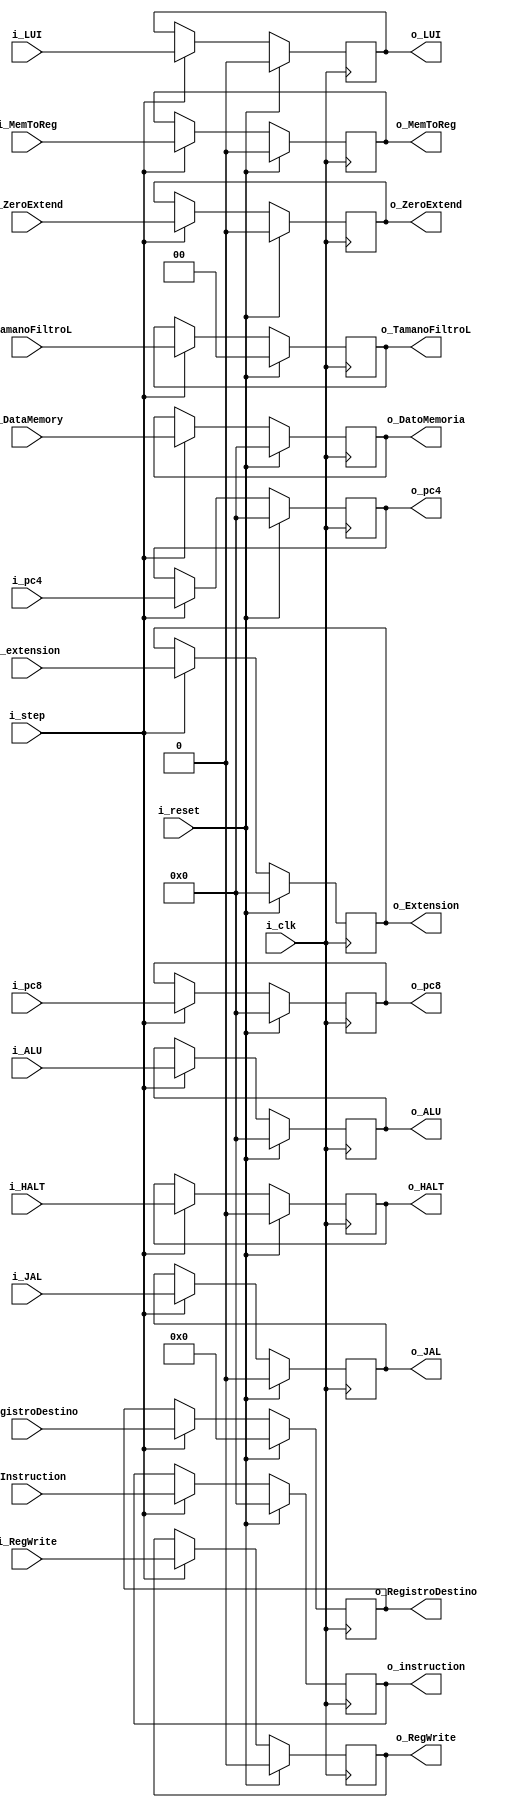
`timescale 1ns / 1ps

module MEM_WB
    #(
        parameter NBITS     =   32  ,
        parameter RNBITS    =   5   
    )
    (   
        input   wire                        i_clk,
        input   wire                        i_reset ,
        input   wire    [NBITS-1:0]         i_pc4,
        input   wire    [NBITS-1:0]         i_pc8,
        input   wire                        i_step ,
        input   wire    [NBITS-1:0]         i_Instruction  ,
        input   wire    [NBITS-1:0]         i_ALU,
        input   wire    [NBITS-1:0]         i_DataMemory,
        input   wire    [RNBITS-1:0]        i_RegistroDestino ,
        input   wire    [NBITS-1:0]         i_extension ,
        input   wire                        i_LUI  ,
        input   wire                        i_JAL ,    
        input   wire                        i_HALT ,
        input   wire                        i_MemToReg ,
        input   wire                        i_RegWrite ,
        input   wire    [1:0]               i_TamanoFiltroL ,
        input   wire                        i_ZeroExtend ,
        output  wire    [NBITS-1:0]         o_pc4  ,
        output  wire    [NBITS-1:0]         o_pc8 ,     
        output  wire    [NBITS-1:0]         o_instruction  ,
        output  wire    [NBITS-1:0]         o_ALU    ,
        output  wire    [NBITS-1:0]         o_DatoMemoria ,
        output  wire    [RNBITS-1:0]        o_RegistroDestino   ,
        output  wire    [NBITS-1:0]         o_Extension  ,
        output  wire                        o_JAL    ,
        output  wire                        o_MemToReg   ,
        output  wire                        o_RegWrite  ,
        output  wire    [1          :0]     o_TamanoFiltroL,           
        output  wire                        o_ZeroExtend,
        output  wire                        o_LUI ,
        output  wire                        o_HALT
    );
    
    reg     [NBITS-1:0]         PC4_reg  ;
    reg     [NBITS-1:0]         PC8_reg   ;
    reg     [NBITS-1:0]         Instruction_reg   ;
    reg     [NBITS-1:0]         ALU_reg     ;
    reg     [NBITS-1:0]         DatoMemoria_reg   ;
    reg     [RNBITS-1:0]        RegistroDestino_reg ;
    reg     [NBITS-1:0]         Extension_reg ;
    
    //RegWB
    reg                     JAL_reg  ;
    reg                     MemToReg_reg  ;
    reg                     RegWrite_reg     ;
    reg     [1:0]           TamanoFiltroL_reg   ;
    reg                     ZeroExtend_reg   ;
    reg                     LUI_reg     ;
    reg                     HALT_reg     ;
    
    
    always @(posedge i_clk)
        if(i_reset)
            begin
                PC4_reg             <=  {NBITS{1'b0}}  ;
                PC8_reg             <=  {NBITS{1'b0}}   ;
                Instruction_reg     <=  {NBITS{1'b0}}  ;
                ALU_reg             <=  {NBITS{1'b0}}  ; 
                DatoMemoria_reg     <=  {NBITS{1'b0}}  ;
                RegistroDestino_reg <=  {RNBITS{1'b0}}  ;
                Extension_reg       <=  {NBITS{1'b0}}  ;
                
                //WB
                JAL_reg             <=  1'b0   ;         
                MemToReg_reg        <=  1'b0  ;
                RegWrite_reg        <=  1'b0   ;
                TamanoFiltroL_reg   <=  2'b00   ;
                ZeroExtend_reg      <=  1'b0   ;
                LUI_reg             <=  1'b0   ;
                HALT_reg            <=  1'b0   ;   
            end
        else if (i_step)
            begin 
                PC4_reg             <=  i_pc4  ;
                PC8_reg             <=  i_pc8  ;
                Instruction_reg     <=  i_Instruction  ;
                ALU_reg             <=  i_ALU    ;
                DatoMemoria_reg     <=  i_DataMemory   ;
                RegistroDestino_reg <=  i_RegistroDestino  ;
                Extension_reg       <=  i_extension   ;
                
                //WB
                JAL_reg             <=  i_JAL    ;
                MemToReg_reg        <=  i_MemToReg   ;
                RegWrite_reg        <=  i_RegWrite  ;
                TamanoFiltroL_reg   <=  i_TamanoFiltroL   ;
                ZeroExtend_reg      <=  i_ZeroExtend  ;
                LUI_reg             <=  i_LUI     ;
                HALT_reg            <=  i_HALT   ;
            end

    assign o_pc4                =   PC4_reg   ;
    assign o_pc8                =   PC8_reg    ;
    assign o_instruction        =   Instruction_reg  ;
    assign o_ALU                =   ALU_reg  ;
    assign o_DatoMemoria        =   DatoMemoria_reg  ;
    assign o_RegistroDestino    =   RegistroDestino_reg ;
    assign o_Extension          =   Extension_reg  ;
    
    assign o_JAL            =   JAL_reg     ;
    assign o_MemToReg       =   MemToReg_reg   ;
    assign o_RegWrite       =   RegWrite_reg   ;
    assign o_TamanoFiltroL  =   TamanoFiltroL_reg   ;
    assign o_ZeroExtend     =   ZeroExtend_reg  ;
    assign o_LUI            =   LUI_reg    ;
    assign o_HALT           =   HALT_reg    ;

endmodule